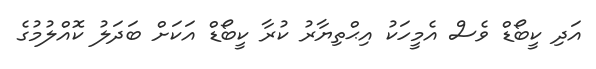
އަދި ކީބޯޑް ވެސް އެމީހަކު އިޙްތިޔާރު ކުރާ ކީބޯޑް އަކަށް ބަދަލު ކޮއްލުމުގެ